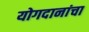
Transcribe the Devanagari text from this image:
योगदानांचा